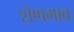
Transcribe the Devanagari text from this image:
शेणगाव